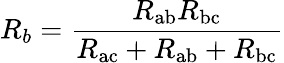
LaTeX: R_{b}={\frac{R_{\mathrm{ab}}R_{\mathrm{bc}}}{R_{\mathrm{ac}}+R_{\mathrm{ab}}+R_{\mathrm{bc}}}}